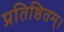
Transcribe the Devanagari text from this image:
प्रतिष्ठितम्‌।